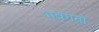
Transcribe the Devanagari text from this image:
भवगतो